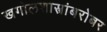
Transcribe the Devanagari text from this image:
खगोलशास्त्रांबरोबर